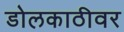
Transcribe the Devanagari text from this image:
डोलकाठीवर